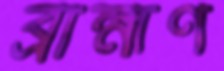
ব্রাহ্মণ